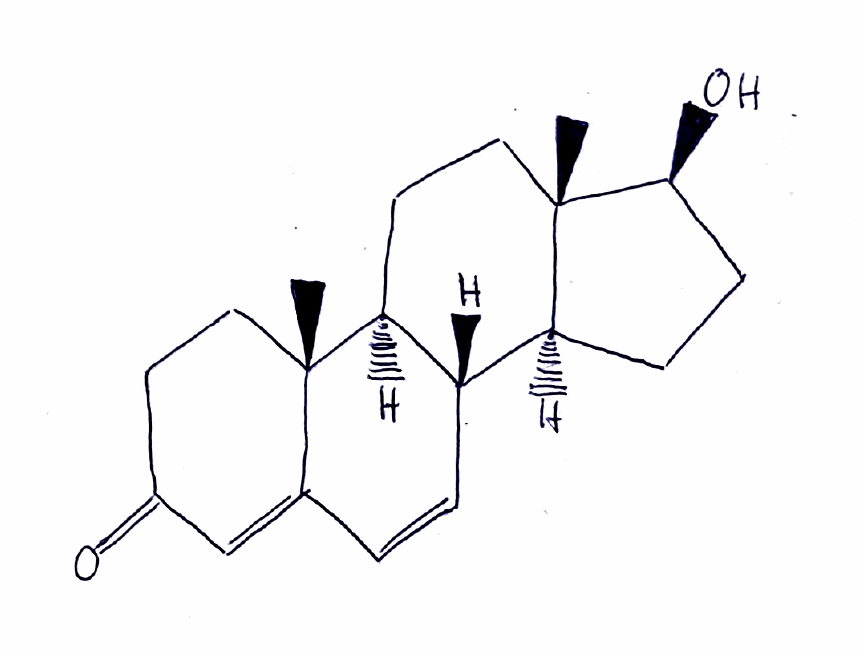
Simplified molecular-input line-entry system (SMILES) notation of the given molecule:
C[C@]12CC[C@H]3[C@H]([C@@H]1CC[C@@H]2O)C=CC4=CC(=O)CC[C@]34C